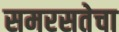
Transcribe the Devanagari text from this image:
समरसतेचा